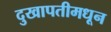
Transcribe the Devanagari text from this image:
दुखापतीमधून